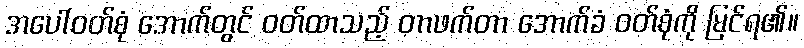
အပေါ်ဝတ်စုံ အောက်တွင် ဝတ်ထာသည့် တာဖက်တာ အောက်ခံ ဝတ်စုံကို မြင်ရ၏။